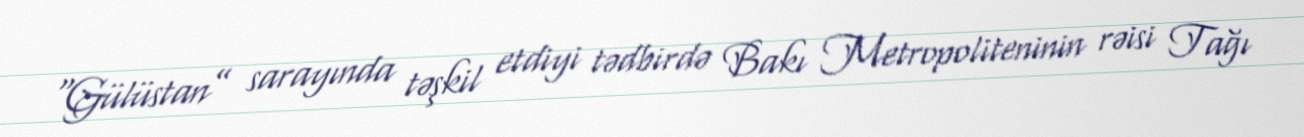
“Gülüstan” sarayında təşkil etdiyi tədbirdə Bakı Metropoliteninin rəisi Tağı